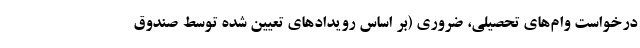
درخواست وام‌های تحصیلی، ضروری (بر اساس رویدادهای تعیین شده توسط صندوق